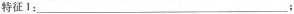
特征1___；